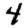
Digit: 4